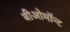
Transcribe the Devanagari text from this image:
बीओमॉन्ट